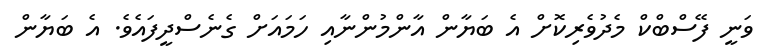
ވަނީ ފޭސްބްކް މެދުވެރިކޮށް އެ ބަޔާން އާންމުންނާއި ހަމައަށް ގެނެސްދީފައެވެ. އެ ބަޔާން